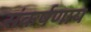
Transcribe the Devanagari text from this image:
संकर्षणाय